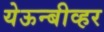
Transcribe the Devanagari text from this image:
येऊन्बीव्हर